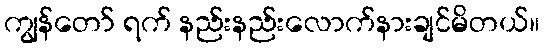
ကျွန်တော် ရက် နည်းနည်းလောက်နားချင်မိတယ်။